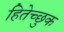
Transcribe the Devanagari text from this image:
हितेच्छुक